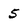
Character: 5